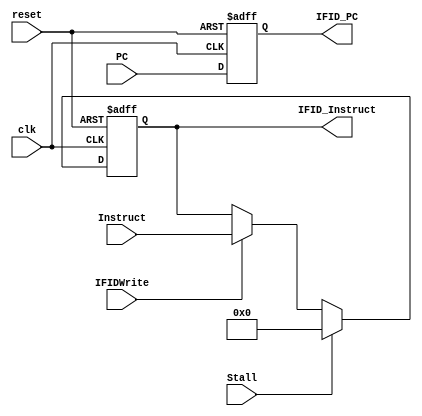
module IFID(clk,reset,PC,Instruct,Stall,IFIDWrite,IFID_PC, IFID_Instruct);
  input clk, reset, Stall, IFIDWrite;
  input[31:0] PC, Instruct;
  output reg[31:0] IFID_PC, IFID_Instruct;
  wire[31:0] IFIDW;
  assign IFIDW=IFIDWrite? Instruct:IFID_Instruct;
  always @(posedge clk,posedge reset)
   begin
    if(reset)
     begin
         IFID_PC<=32'b0;
         IFID_Instruct<=32'b0;
     end
    else
     begin 
      IFID_PC<=PC;
      IFID_Instruct<=Stall? 32'b0:IFIDW;
     end
   end    
endmodule